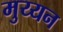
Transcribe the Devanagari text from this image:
मुय्यन